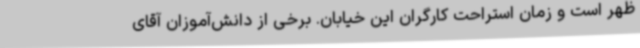
ظهر است و زمان استراحت کارگران این خیابان. برخی از دانش‌آموزان آقای